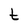
Character: t